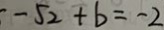
- \sqrt { 2 } + b = - 2